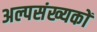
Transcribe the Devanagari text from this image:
अल्पसंख्‍यकों